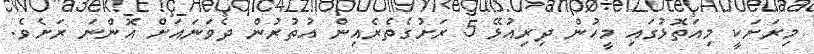
މިރަށަކީ މިއަތޮޅުގައި މީހުން ދިރިއުޅޭ 5 ރަށުގެތެރެއިން އުތުރުން ދެވަނައަށް އޮންނަ ރަށެވެ.